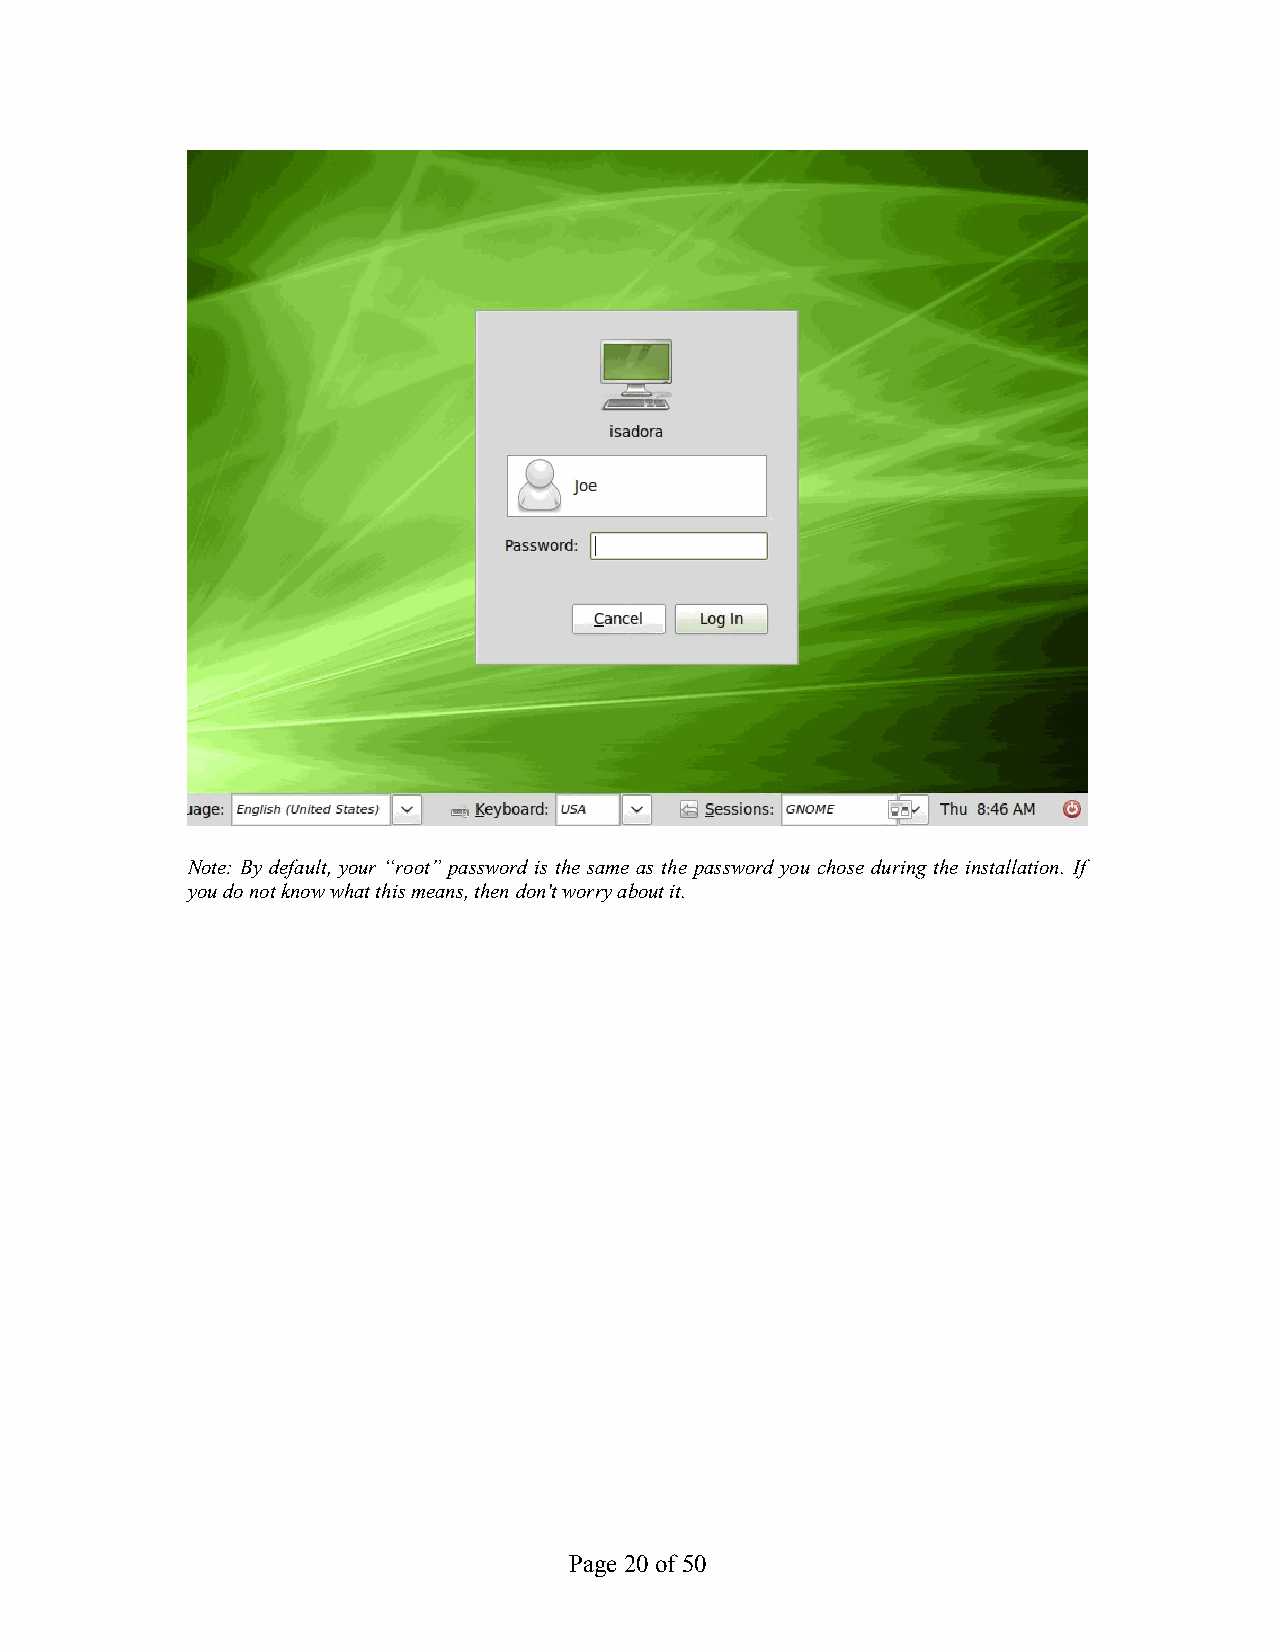
Note: By default, your “root” password is the same as the password you chose during the installation. If
 you do not know what this means, then don't worry about it.
 Page 20 of 50